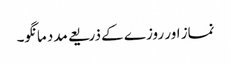
نماز اور روزے کے ذریعے مدد مانگو۔